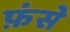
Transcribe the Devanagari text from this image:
फ़ंसे